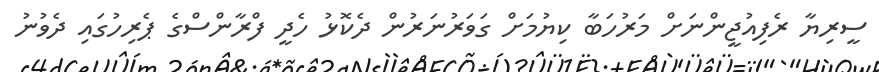
ސީރިޔާ ރެފިއުޖީންނަށް މަރުހަބާ ކިޔުމަށް ގަވަރުނަރުން ދެކޮޅު ހެދީ ފްރާންސްގެ ޕެރިހުގައި ދެވުނު